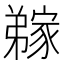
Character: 𭛊